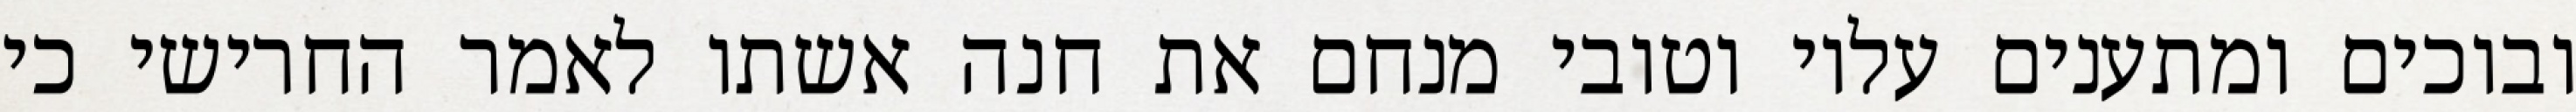
ובוכים ומתענים עליו וטובי מנחם את חנה אשתו לאמר החרישי כי